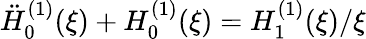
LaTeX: \ddot{H}_{0}^{(1)}(\xi)+H_{0}^{(1)}(\xi)=H_{1}^{(1)}(\xi)/\xi